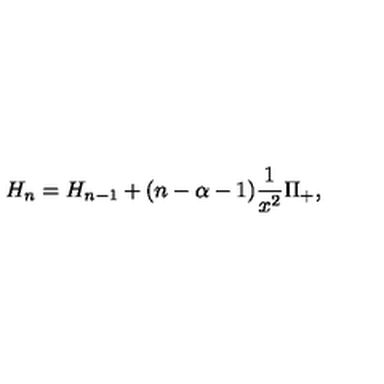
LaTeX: H _ { n } = H _ { n - 1 } + ( n - \alpha - 1 ) \frac { 1 } { x ^ { 2 } } \Pi _ { + } ,